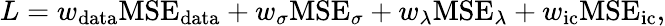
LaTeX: L=w_{\mathrm{data}}\mathrm{MSE_{\mathrm{data}}}+w_{\sigma}\mathrm{MSE}_{\sigma}+w_{\lambda}\mathrm{MSE}_{\lambda}+w_{\mathrm{ic}}\mathrm{MSE}_{\mathrm{ic}},